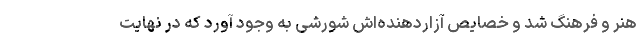
هنر و فرهنگ شد و خصایص آزاردهنده‌اش شورشی به وجود آورد که در نهایت